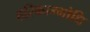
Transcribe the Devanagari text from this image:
हरिकाम्भोधि